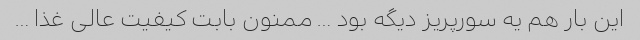
این بار هم یه سورپریز دیگه بود … ممنون بابت کیفیت عالی غذا …